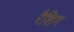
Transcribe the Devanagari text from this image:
रैशिग